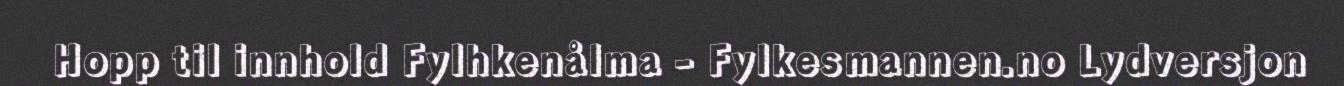
Hopp til innhold Fylhkenålma - Fylkesmannen.no Lydversjon